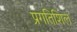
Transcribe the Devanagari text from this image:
प्रगतिशिल